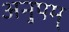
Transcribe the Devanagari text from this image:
अनुपम्